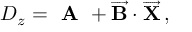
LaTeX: D _ { z } = \textbf { A } + \overrightarrow { \mathbf { B } } \cdot \overrightarrow { \mathbf { X } } \, ,